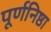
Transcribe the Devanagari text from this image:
पूर्णनिष्ठा